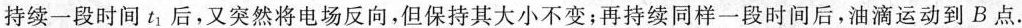
持续一段时间t_{1}后，又突然将电场反向，但保持其大小不变；再持续同样一段时间后，油滴运动到B点.